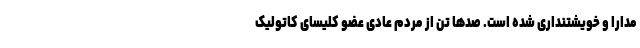
مدارا و خویشتنداری شده است. صدها تن از مردم عادی عضو کلیسای کاتولیک